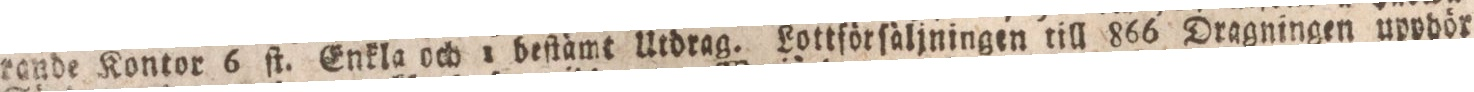
rande Kontor 6 ſt. Enkla och 1 beſtämt Utdrag. Lottförſäljningen till 866 Dragningen upphör